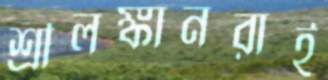
শ্রীলঙ্কানরাই